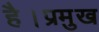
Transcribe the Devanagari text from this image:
है।प्रमुख